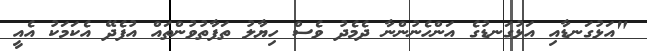
"އަޅުގަނޑާއި އަޅުގަނޑުގެ އަންހެނުންނާ ދެމެދު ވެސް ހިޔާލު ތަފާތުވުންތައް އުފެދޭ އެކަމަކު އެއީ